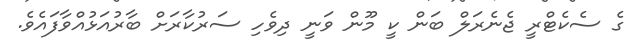
ގެ ސެކެޓްރީ ޖެނެރަލް ބަން ކީ މޫން ވަނީ ދިވެހި ސަރުކާރަށް ބާރުއަޅުއްވާފައެވެ.